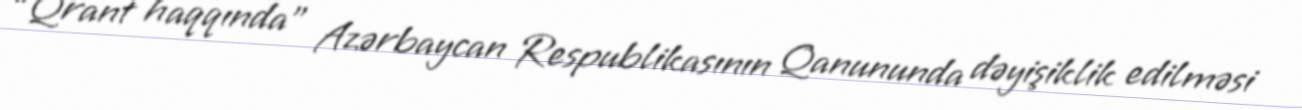
“Qrant haqqında” Azərbaycan Respublikasının Qanununda dəyişiklik edilməsi